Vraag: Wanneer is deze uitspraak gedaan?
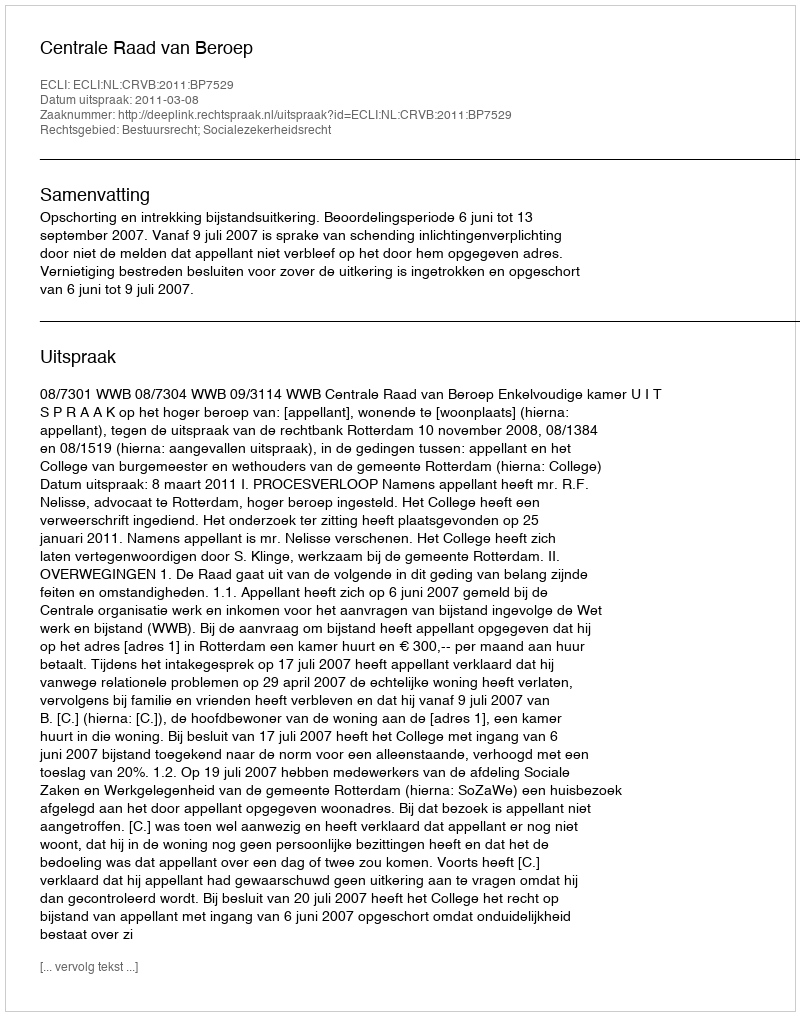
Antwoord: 2011-03-08